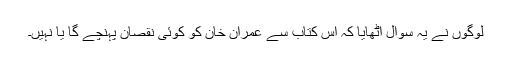
لوگوں نے یہ سوال اٹھایا کہ اس کتاب سے عمران خان کو کوئی نقصان پہنچے گا یا نہیں۔